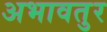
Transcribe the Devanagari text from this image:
अभावतुर